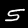
Digit: 5